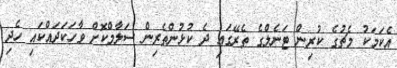
އެކަމަކު މެޗުގެ ކުރިން ޓަނެލްގެ ތެރޭގައި ދެ ކުޅުންތެރިން ސަލާމްކޮށް ވާހަކަދައްކައި ހެދި